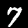
Label: 7